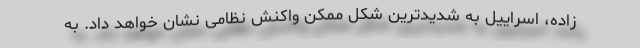
زاده، اسراییل به شدیدترین شکل ممکن واکنش نظامی نشان خواهد داد. به